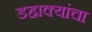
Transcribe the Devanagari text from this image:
डहाक्यांचा